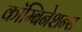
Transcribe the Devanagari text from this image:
कॉम्बिनेशन्स